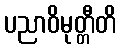
ပညာဝိမုတ္တီတိ